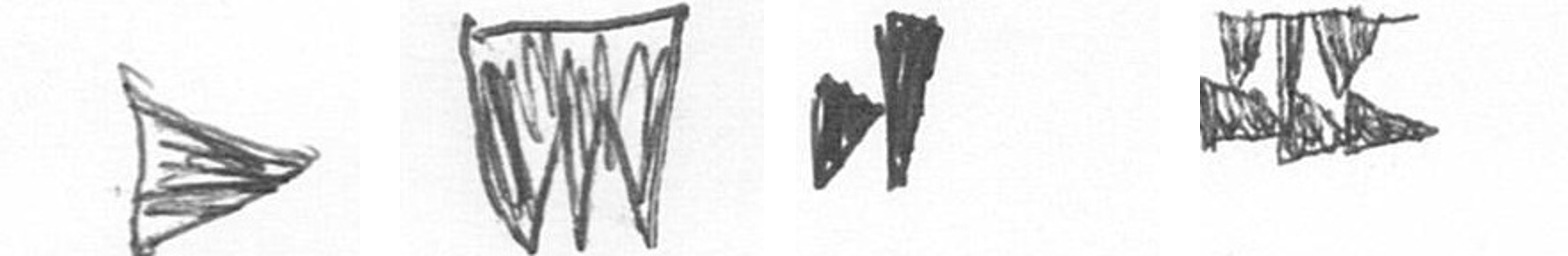
T L M D